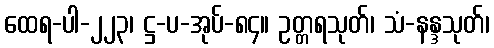
ထေရ-ပါ-၂၂၃၊ ဋ္ဌ-ပ-အုပ်-၈၄။ ဥတ္တရသုတ်၊ သံ-နန္ဒသုတ်၊